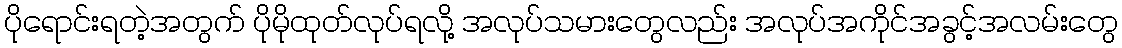
ပိုရောင်းရတဲ့အတွက် ပိုမိုထုတ်လုပ်ရလို့ အလုပ်သမားတွေလည်း အလုပ်အကိုင်အခွင့်အလမ်းတွေ